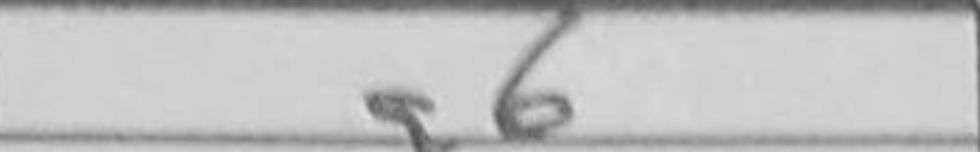
Transcription: g6